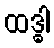
ထဒ္ဓါ